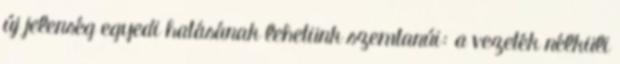
új jelenség egyedi hatásának lehetünk szemtanúi: a vezeték nélküli